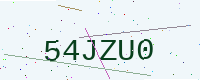
Text: 54JZU0